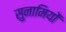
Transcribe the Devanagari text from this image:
सुनामियों